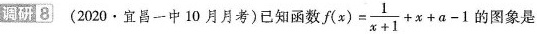
调研8 (2020·宜昌一中10月月考)已知函数$$f(x)= \frac{1}{x+1}+x+a-1$$的图象是